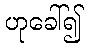
ဟုခေါ်၍